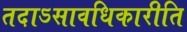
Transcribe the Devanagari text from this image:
तदाऽसावधिकारीति